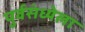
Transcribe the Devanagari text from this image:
पुर्वसंध्येला